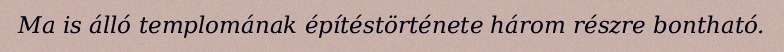
Ma is álló templomának építéstörténete három részre bontható.